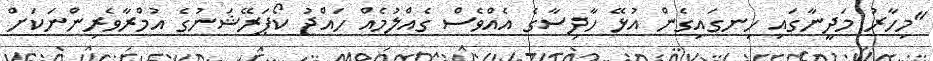
"މިހާރު މަދީނާގައި ހިނގައިގެން އުޅޭ ހާދިސާގެ އެއްވެސް ގެއްލުމެއް ހައްޖު ކޯޕަރޭޝަނުގެ އުމްރާވެރިންނަކަށް